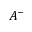
A ^ { - }